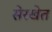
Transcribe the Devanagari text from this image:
सेरखेत